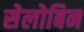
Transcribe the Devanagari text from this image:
सेलोबिन